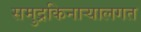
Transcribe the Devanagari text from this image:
समुद्रकिनाऱ्यालगत